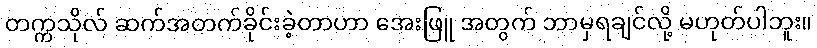
တက္ကသိုလ် ဆက်အတက်ခိုင်းခဲ့တာဟာ အေးဖြူ အတွက် ဘာမှရချင်လို့ မဟုတ်ပါဘူး။